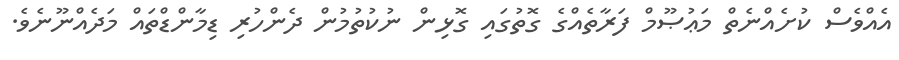
އެއްވެސް ކުށެއްނެތް މަޢުޞޫމް ފަރާތެއްގެ ގޮތުގައި ގޮޅިން ނުކުތުމުން ދެންހުރި ޑިމާންޑްތައް މަދެއްނޫނެވެ.